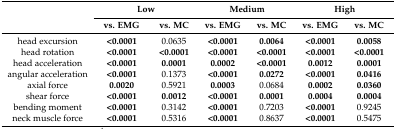
<table><thead><tr><td rowspan="2"></td><td colspan="2"><b>Low</b></td><td colspan="2"><b>Medium</b></td><td colspan="2"><b>High</b></td></tr><tr><td><b>vs. EMG</b></td><td><b>vs. MC</b></td><td><b>vs. EMG</b></td><td><b>vs. MC</b></td><td><b>vs. EMG</b></td><td><b>vs. MC</b></td></tr></thead><tbody><tr><td>head excursion</td><td><b>&lt;0.0001</b></td><td>0.0635</td><td><b>&lt;0.0001</b></td><td><b>0.0064</b></td><td><b>&lt;0.0001</b></td><td><b>0.0058</b></td></tr><tr><td>head rotation</td><td><b>&lt;0.0001</b></td><td><b>&lt;0.0001</b></td><td><b>&lt;0.0001</b></td><td><b>&lt;0.0001</b></td><td><b>&lt;0.0001</b></td><td><b>&lt;0.0001</b></td></tr><tr><td>head acceleration</td><td><b>&lt;0.0001</b></td><td><b>0.0001</b></td><td><b>0.0002</b></td><td><b>&lt;0.0001</b></td><td><b>0.0012</b></td><td><b>0.0001</b></td></tr><tr><td>angular acceleration</td><td><b>&lt;0.0001</b></td><td>0.1373</td><td><b>&lt;0.0001</b></td><td><b>0.0272</b></td><td><b>&lt;0.0001</b></td><td><b>0.0416</b></td></tr><tr><td>axial force</td><td><b>0.0020</b></td><td>0.5921</td><td><b>0.0003</b></td><td>0.0684</td><td><b>0.0002</b></td><td><b>0.0360</b></td></tr><tr><td>shear force</td><td><b>&lt;0.0001</b></td><td><b>0.0012</b></td><td><b>&lt;0.0001</b></td><td><b>0.0001</b></td><td><b>0.0004</b></td><td><b>0.0004</b></td></tr><tr><td>bending moment</td><td><b>&lt;0.0001</b></td><td>0.3142</td><td><b>&lt;0.0001</b></td><td>0.7203</td><td><b>&lt;0.0001</b></td><td>0.9245</td></tr><tr><td>neck muscle force</td><td><b>&lt;0.0001</b></td><td>0.5316</td><td><b>&lt;0.0001</b></td><td>0.8637</td><td><b>&lt;0.0001</b></td><td>0.5475</td></tr></tbody></table>